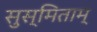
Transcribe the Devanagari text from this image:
सुस्मिताम्